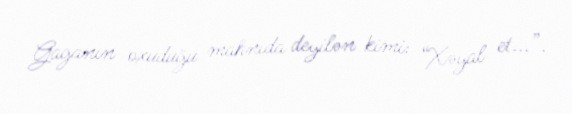
Gaganın oxuduğu mahnıda deyilən kimi: “Xəyal et...”.